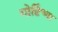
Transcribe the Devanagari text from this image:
गोष्टिंच्या